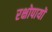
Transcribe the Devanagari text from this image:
रक्षोपायों